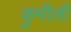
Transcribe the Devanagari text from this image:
कुमीली